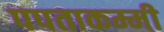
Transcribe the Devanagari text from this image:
पपताकम्मी